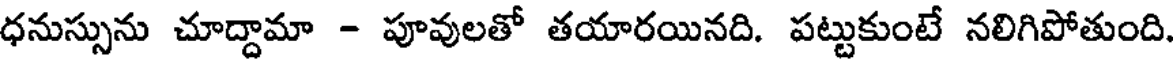
ధనుస్సును చూద్దామా - పూవులతో తయారయినది. పట్టుకుంటే నలిగిపోతుంది.